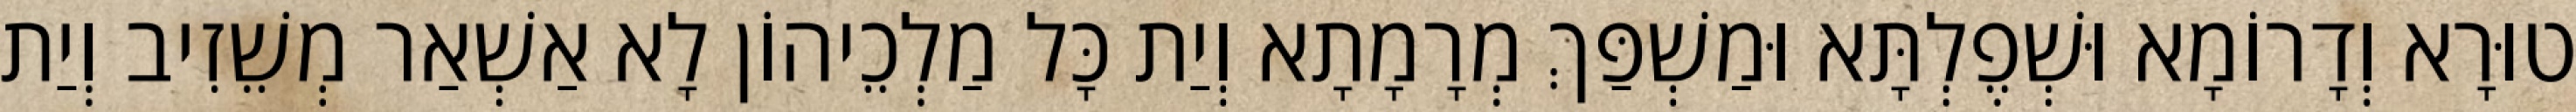
טוּרָא וְדָרוֹמָא וּשְׁפֶלְתָּא וּמַשְׁפַּךְ מְרָמָתָא וְיַת כָּל מַלְכֵיהוֹן לָא אַשְׁאַר מְשֵׁזִיב וְיַת